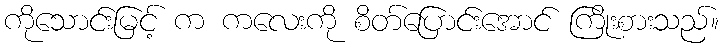
ကိုသောင်းမြင့် က ကလေးကို စိတ်ပြောင်းအောင် ကြိုးစားသည်။